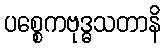
ပစ္စေကဗုဒ္ဓသတာနိ